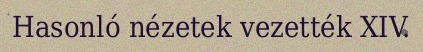
Hasonló nézetek vezették XIV.